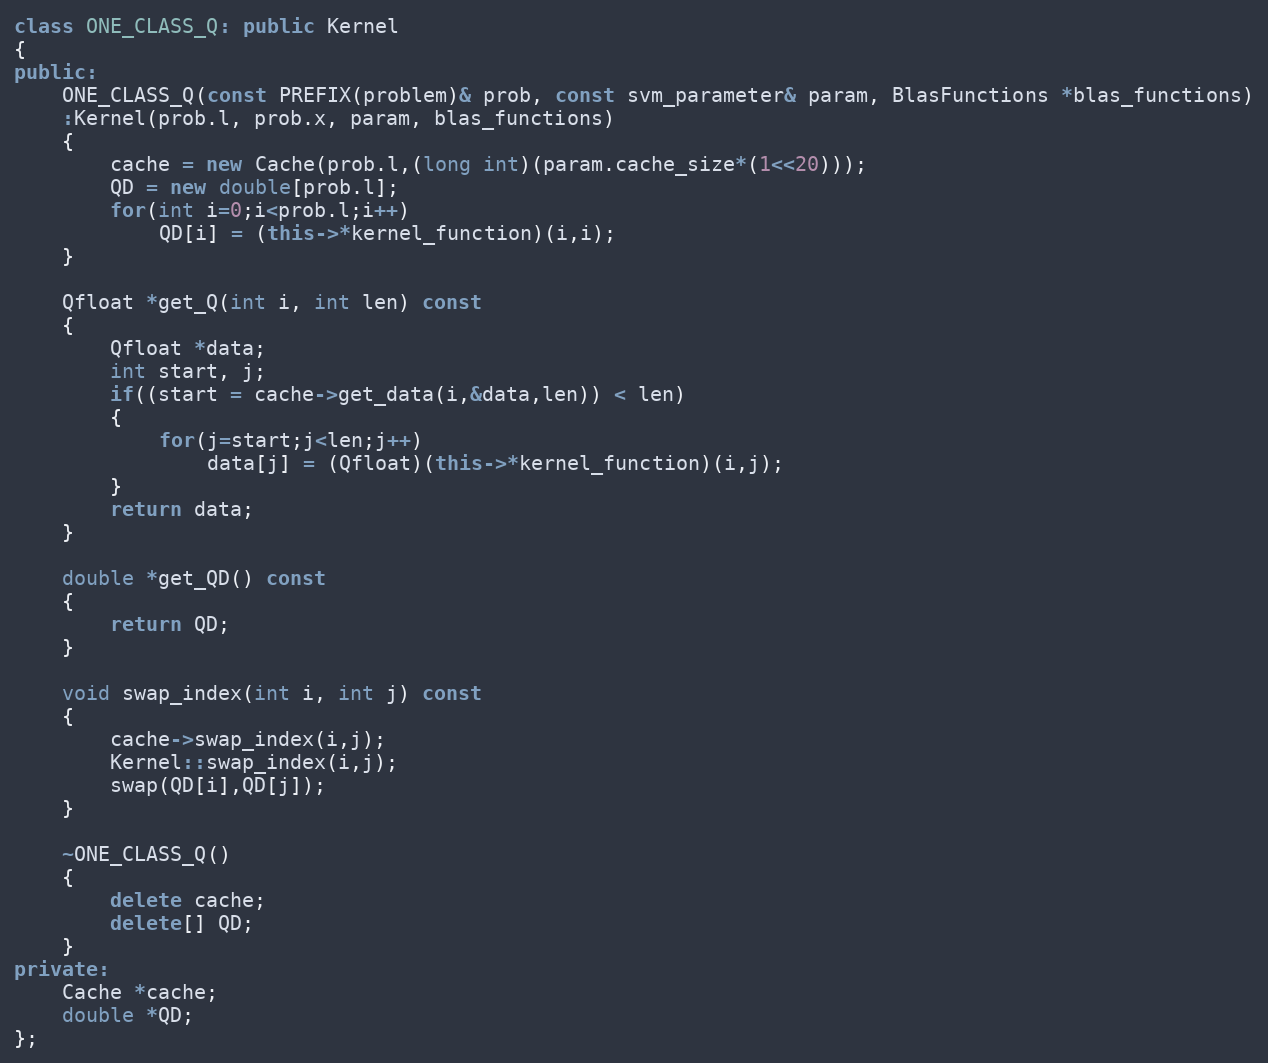
Language: C++
class ONE_CLASS_Q: public Kernel
{
public:
	ONE_CLASS_Q(const PREFIX(problem)& prob, const svm_parameter& param, BlasFunctions *blas_functions)
	:Kernel(prob.l, prob.x, param, blas_functions)
	{
		cache = new Cache(prob.l,(long int)(param.cache_size*(1<<20)));
		QD = new double[prob.l];
		for(int i=0;i<prob.l;i++)
			QD[i] = (this->*kernel_function)(i,i);
	}

	Qfloat *get_Q(int i, int len) const
	{
		Qfloat *data;
		int start, j;
		if((start = cache->get_data(i,&data,len)) < len)
		{
			for(j=start;j<len;j++)
				data[j] = (Qfloat)(this->*kernel_function)(i,j);
		}
		return data;
	}

	double *get_QD() const
	{
		return QD;
	}

	void swap_index(int i, int j) const
	{
		cache->swap_index(i,j);
		Kernel::swap_index(i,j);
		swap(QD[i],QD[j]);
	}

	~ONE_CLASS_Q()
	{
		delete cache;
		delete[] QD;
	}
private:
	Cache *cache;
	double *QD;
};